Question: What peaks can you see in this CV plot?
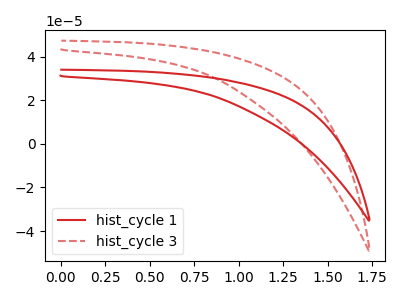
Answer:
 <answer>The red curve "hist_cycle 1" has no peaks. The red dashed curve "hist_cycle 3" has no peaks.</answer>
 <eval></eval>